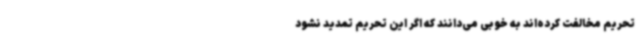
تحریم مخالفت کرده‌اند به خوبی می‌دانند که اگر این تحریم تمدید نشود